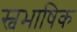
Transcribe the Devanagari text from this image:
स्वभाषिक